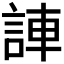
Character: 𫌼